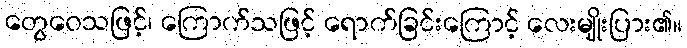
တွေဝေသဖြင့်၊ ကြောက်သဖြင့် ရောက်ခြင်းကြောင့် လေးမျိုးပြား၏။